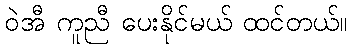
ဝဲအီ ကူညီ ပေးနိုင်မယ် ထင်တယ်။